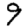
Digit: 9